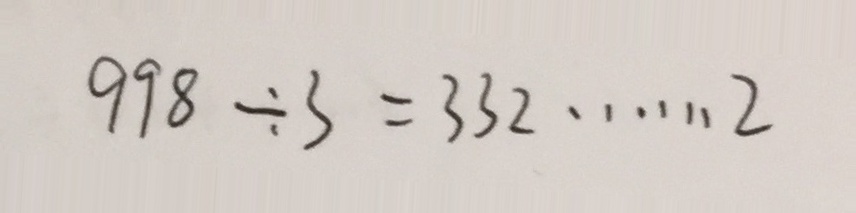
9 9 8 \div 3 = 3 3 2 \cdots 2